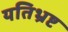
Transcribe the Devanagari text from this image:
यतिभ्रष्ट